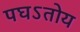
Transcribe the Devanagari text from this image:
पघऽतोय